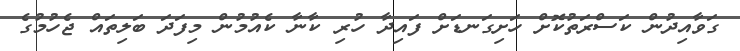
ގަވާއިދުން ކަސްރަތުކޮށް ހަށިގަނޑަށް ފައިދާ ހުރި ކާނާ ކެއުމުން މިފަދަ ބަލިތައް ޖެހުމުގެ